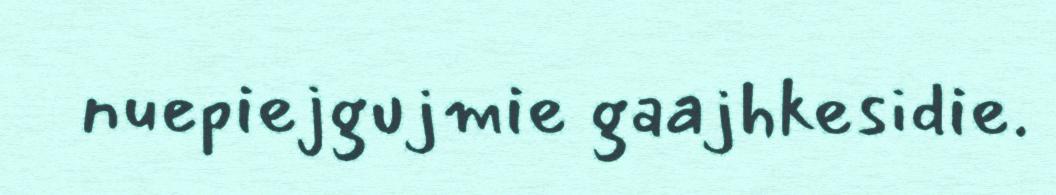
nuepiejgujmie gaajhkesidie.